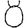
Digit: 8